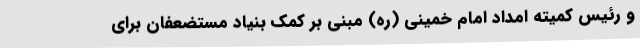
و رئیس کمیته امداد امام خمینی (ره) مبنی بر کمک بنیاد مستضعفان برای